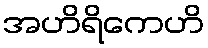
အဟိရိကေဟိ